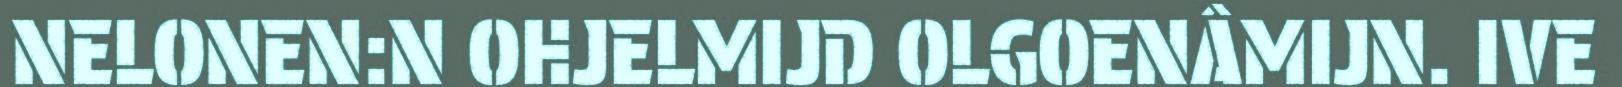
NELONEN:N OHJELMIJD OLGOENÂMIJN. IVE